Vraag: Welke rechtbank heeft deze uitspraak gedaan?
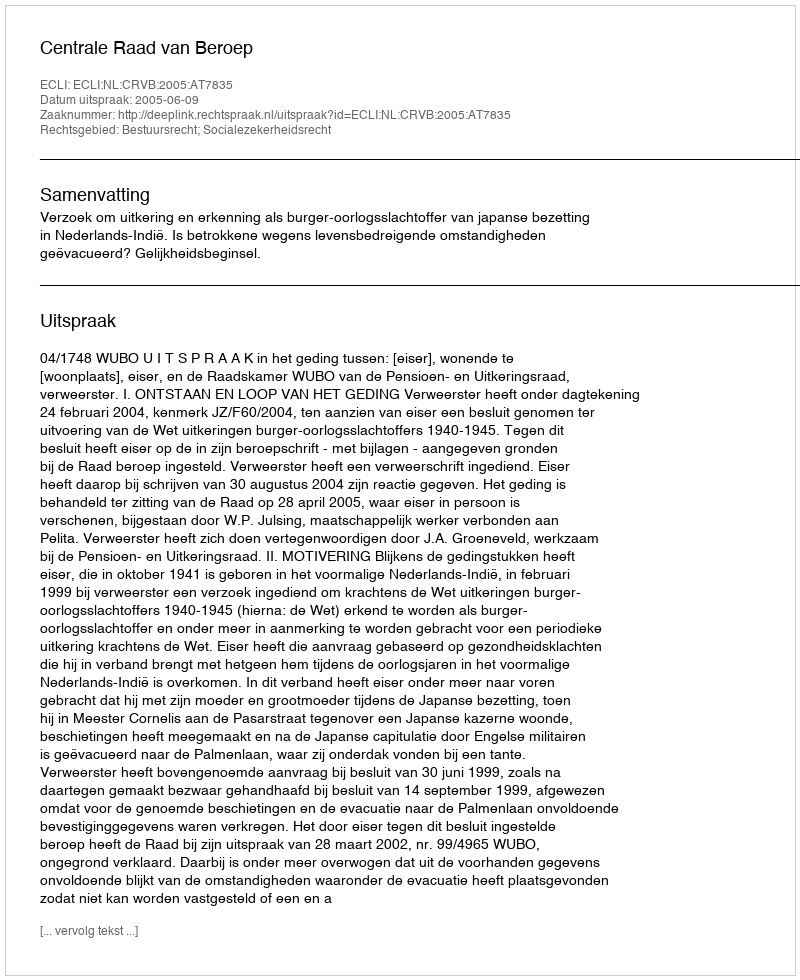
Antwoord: Centrale Raad van Beroep